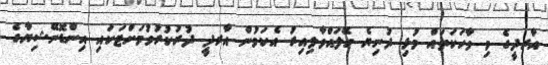
އާރދީގެ މި ވާހަކަތައް މުޅި ދުނިޔެ ހޭލައްވާލިއިރު އެކަމުން އާރދީ ދުރުކުރުވުމަށްޓަކައި އިންޑޮނޭޝިޔާގެ